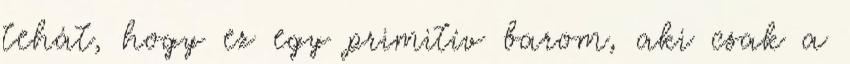
tehát, hogy ez egy primitív barom, aki csak a